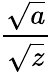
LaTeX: \frac{\sqrt{a}}{\sqrt{z}}